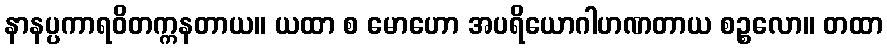
နာနပ္ပကာရဝိတက္ကနတာယ။ ယထာ စ မောဟော အပရိယောဂါဟဏတာယ စဉ္စလော။ တထာ